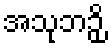
အသုဘဉှိ